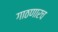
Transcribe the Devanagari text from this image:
गाठणारच